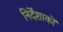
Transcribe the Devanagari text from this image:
निर्देंशाकों